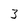
Character: 3